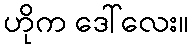
ဟိုက ဒေါ်လေး။